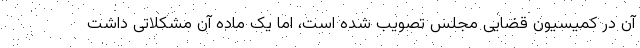
آن در کمیسیون قضایی مجلس تصویب شده است، اما یک ماده آن مشکلاتی داشت